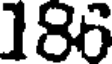
186